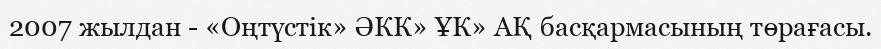
2007 жылдан - «Оңтүстік» ӘКК» ҰК» АҚ басқармасының төрағасы.